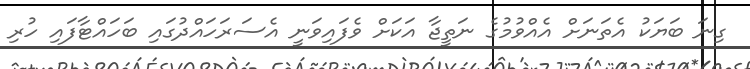
ގިނަ ބަޔަކު އެތަނަށް އެއްވުމުގެ ނަތީޖާ އަކަށް ވެފައިވަނީ އެސަރަހައްދުގައި ބަހައްޓާފައި ހުރި